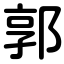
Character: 郭